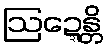
ဩဍ္ဍေန္တိ